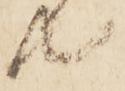
共